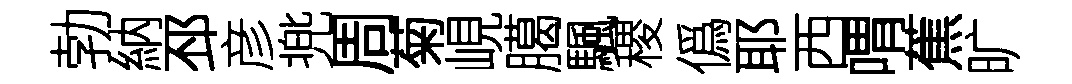
勃納邳彦兠周菊峴臈颿稷僞耶西喟蕉旷